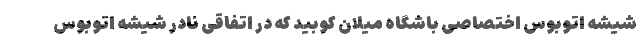
شیشه اتوبوس اختصاصی باشگاه میلان کوبید که در اتفاقی نادر شیشه اتوبوس